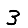
Digit: 3